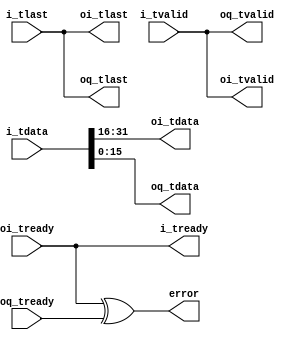

// Copyright 2014, Ettus Research

// Module to split a complex stream to I and Q outputs.  NOTE -- ONLY works when you can guarantee downstream paths match!

module split_complex
  #(parameter WIDTH=16)
   (input [WIDTH*2-1:0] i_tdata, input i_tlast, input i_tvalid, output i_tready,
    output [WIDTH-1:0] oi_tdata, output oi_tlast, output oi_tvalid, input oi_tready,
    output [WIDTH-1:0] oq_tdata, output oq_tlast, output oq_tvalid, input oq_tready,
    output error);

   assign oi_tdata = i_tdata[WIDTH*2-1:WIDTH];
   assign oq_tdata = i_tdata[WIDTH-1:0];

   assign oi_tlast = i_tlast;
   assign oq_tlast = i_tlast;

   assign oi_tvalid = i_tvalid;
   assign oq_tvalid = i_tvalid;

   assign i_tready = oi_tready;

   assign  error = oi_tready ^ oq_tready;
   
endmodule // split_complex